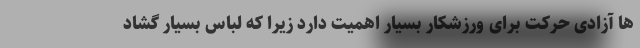
ها آزادی حرکت برای ورزشکار بسیار اهمیت دارد زیرا که لباس بسیار گشاد